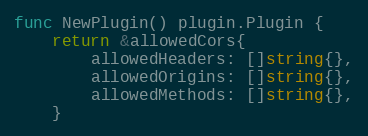
Language: Go
func NewPlugin() plugin.Plugin {
	return &allowedCors{
		allowedHeaders: []string{},
		allowedOrigins: []string{},
		allowedMethods: []string{},
	}